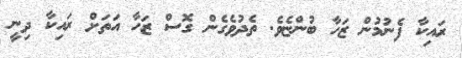
ރައިކާ ފެނުމުން ޒަހާ ބުންޏެވެ. ތެދުވެގެން ގޮސް ޒަހާ އަތަށް ރައިކާ ދިނީ